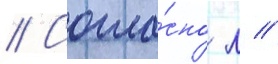
// Согла́сно л //